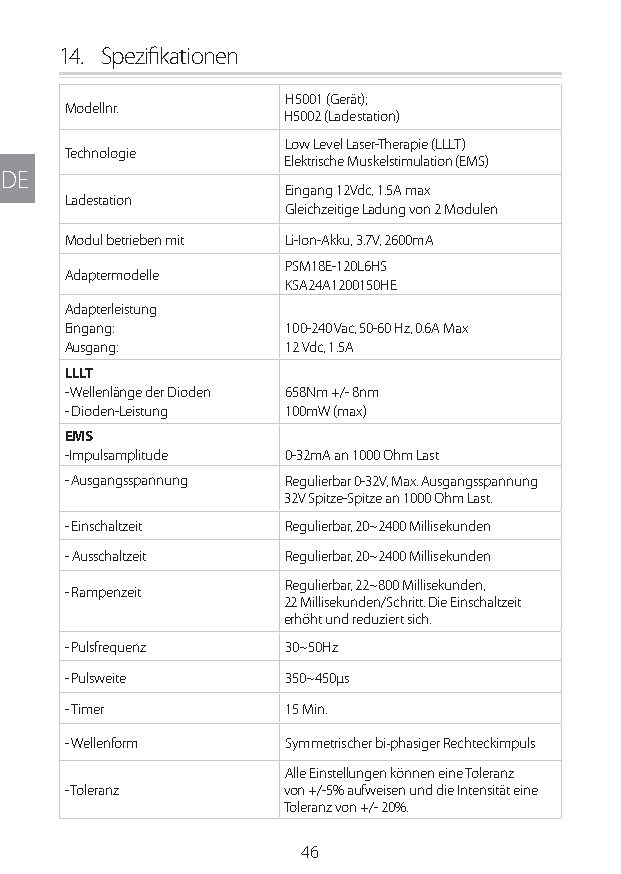
14. Spezifikationen
 H5001 (Gerät);
 Modellnr.
 H5002 (Ladestation)
 Low Level Laser-Therapie (LLLT)
 Technologie
 Elektrische Muskelstimulation (EMS)
 DE
 Eingang 12Vdc, 1.5A max
 Ladestation
 Gleichzeitige Ladung von 2 Modulen
 Modul betrieben mit Li-Ion-Akku, 3.7V, 2600mA
 PSM18E-120L6HS
 Adaptermodelle
 KSA24A1200150HE
 Adapterleistung
 Eingang:       100-240 Vac, 50-60 Hz, 0.6A Max
 Ausgang:       12 Vdc, 1.5A
 LLLT
 - Wellenlänge der Dioden 658Nm +/- 8nm
 - Dioden-Leistung 100mW (max)
 EMS
 -Impulsamplitude 0-32mA an 1000 Ohm Last
 - Ausgangsspannung Regulierbar 0-32V, Max. Ausgangsspannung
 32V Spitze-Spitze an 1000 Ohm Last.
 - Einschaltzeit Regulierbar, 20~2400 Millisekunden
 - Ausschaltzeit Regulierbar, 20~2400 Millisekunden
 Regulierbar, 22~800 Millisekunden,
 - Rampenzeit
 22 Millisekunden/Schritt. Die Einschaltzeit
 erhöht und reduziert sich.
 - Pulsfrequenz 30~50Hz
 - Pulsweite    350~450µs
 - Timer        15 Min.
 - Wellenform   Symmetrischer bi‐phasiger Rechteckimpuls
 Alle Einstellungen können eine Toleranz
 - Toleranz    von +/-5% aufweisen und die Intensität eine
 Toleranz von +/- 20%.
 46
 Lipo UM EU124 3545B inside ALL EU124 ED296-24 release.indd 46 14/08/2018 10:57:35